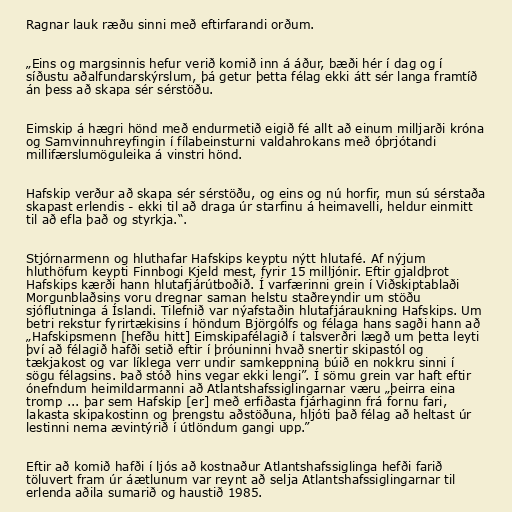
Ragnar lauk ræðu sinni með eftirfarandi orðum.

„Eins og margsinnis hefur verið komið inn á áður, bæði hér í dag og í
síðustu aðalfundarskýrslum, þá getur þetta félag ekki átt sér langa framtíð
án þess að skapa sér sérstöðu.

Eimskip á hægri hönd með endurmetið eigið fé allt að einum milljarði króna
og Samvinnuhreyfingin í fílabeinsturni valdahrokans með óþrjótandi
millifærslumöguleika á vinstri hönd.

Hafskip verður að skapa sér sérstöðu, og eins og nú horfir, mun sú sérstaða
skapast erlendis - ekki til að draga úr starfinu á heimavelli, heldur einmitt
til að efla það og styrkja.“.

Stjórnarmenn og hluthafar Hafskips keyptu nýtt hlutafé. Af nýjum
hluthöfum keypti Finnbogi Kjeld mest, fyrir 15 milljónir. Eftir gjaldþrot
Hafskips kærði hann hlutafjárútboðið. Í varfærinni grein í Viðskiptablaði
Morgunblaðsins voru dregnar saman helstu staðreyndir um stöðu
sjóflutninga á Íslandi. Tilefnið var nýafstaðin hlutafjáraukning Hafskips. Um
betri rekstur fyrirtækisins í höndum Björgólfs og félaga hans sagði hann að
„Hafskipsmenn [hefðu hitt] Eimskipafélagið í talsverðri lægð um þetta leyti
því að félagið hafði setið eftir í þróuninni hvað snertir skipastól og
tækjakost og var líklega verr undir samkeppnina búið en nokkru sinni í
sögu félagsins. Það stóð hins vegar ekki lengi”. Í sömu grein var haft eftir
ónefndum heimildarmanni að Atlantshafssiglingarnar væru „þeirra eina
tromp ... þar sem Hafskip [er] með erfiðasta fjárhaginn frá fornu fari,
lakasta skipakostinn og þrengstu aðstöðuna, hljóti það félag að heltast úr
lestinni nema ævintýrið í útlöndum gangi upp.”

Eftir að komið hafði í ljós að kostnaður Atlantshafssiglinga hefði farið
töluvert fram úr áætlunum var reynt að selja Atlantshafssiglingarnar til
erlenda aðila sumarið og haustið 1985.